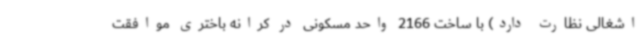
اشغالی نظارت دارد) با ساخت 2166 واحد مسکونی در کرانه باختری موافقت